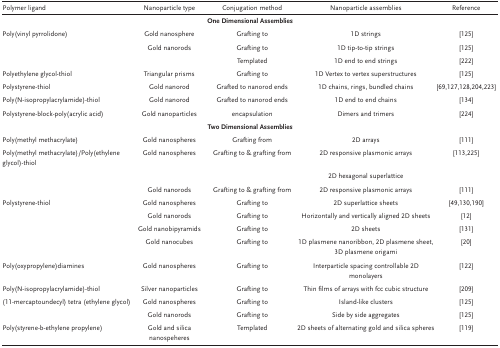
<table><thead><tr><td><b>Polymer ligand</b></td><td><b>Nanoparticle type</b></td><td><b>Conjugation method</b></td><td><b>Nanoparticle assemblies</b></td><td><b>Reference</b></td></tr></thead><tbody><tr><td colspan="5"><b>One Dimensional Assemblies</b></td></tr><tr><td>Poly(vinyl pyrrolidone)</td><td>Gold nanosphere</td><td>Grafting to</td><td>1D strings</td><td>125</td></tr><tr><td></td><td>Gold nanorods</td><td>Grafting to</td><td>1D tip‐to‐tip strings</td><td>125</td></tr><tr><td></td><td></td><td>Templated</td><td>1D end to end strings</td><td>222</td></tr><tr><td>Polyethylene glycol‐thiol</td><td>Triangular prisms</td><td>Grafting to</td><td>1D Vertex to vertex superstructures</td><td>125</td></tr><tr><td>Polystyrene‐thiol</td><td>Gold nanorod</td><td>Grafted to nanorod ends</td><td>1D chains, rings, bundled chains</td><td>69, 127, 128, 204, 223</td></tr><tr><td>Poly(N‐isopropylacrylamide)‐thiol</td><td>Gold nanorod</td><td>Grafted to nanorod ends</td><td>1D end to end chains</td><td>134</td></tr><tr><td>Polystyrene‐block‐poly(acrylic acid)</td><td>Gold nanoparticles</td><td>encapsulation</td><td>Dimers and trimers</td><td>224</td></tr><tr><td colspan="5"><b>Two Dimensional Assemblies</b></td></tr><tr><td>Poly(methyl methacrylate)</td><td>Gold nanospheres</td><td>Grafting from</td><td>2D arrays</td><td>111</td></tr><tr><td>Poly(methyl methacrylate)/Poly(ethylene glycol)‐thiol</td><td>Gold nanospheres</td><td>Grafting to &amp; grafting from</td><td>2D responsive plasmonic arrays</td><td>113, 225</td></tr><tr><td></td><td></td><td></td><td>2D hexagonal superlattice</td><td></td></tr><tr><td></td><td>Gold nanorods</td><td>Grafting to &amp; grafting from</td><td>2D responsive plasmonic arrays</td><td>111</td></tr><tr><td>Polystyrene‐thiol</td><td>Gold nanospheres</td><td>Grafting to</td><td>2D superlattice sheets</td><td>49, 130, 190</td></tr><tr><td></td><td>Gold nanorods</td><td>Grafting to</td><td>Horizontally and vertically aligned 2D sheets</td><td>12</td></tr><tr><td></td><td>Gold nanobipyramids</td><td>Grafting to</td><td>2D sheets</td><td>131</td></tr><tr><td></td><td>Gold nanocubes</td><td>Grafting to</td><td>1D plasmene nanoribbon, 2D plasmene sheet, 3D plasmene origami</td><td>20</td></tr><tr><td>Poly(oxypropylene)diamines</td><td>Gold nanospheres</td><td>Grafting to</td><td>Interparticle spacing controllable 2D monolayers</td><td>122</td></tr><tr><td>Poly(N‐isopropylacrylamide)‐thiol</td><td>Silver nanoparticles</td><td>Grafting to</td><td>Thin films of arrays with fcc cubic structure</td><td>209</td></tr><tr><td>(11‐mercaptoundecyl) tetra (ethylene glycol)</td><td>Gold nanospheres</td><td>Grafting to</td><td>Island‐like clusters</td><td>125</td></tr><tr><td></td><td>Gold nanorods</td><td>Grafting to</td><td>Side by side aggregates</td><td>125</td></tr><tr><td>Poly(styrene‐b‐ethylene propylene)</td><td>Gold and silica nanospeheres</td><td>Templated</td><td>2D sheets of alternating gold and silica spheres</td><td>119</td></tr></tbody></table>